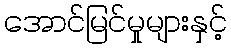
အောင်မြင်မှုများနှင့်